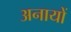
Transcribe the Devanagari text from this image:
अनायों